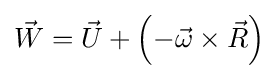
{\vec {W}}={\vec {U}}+\left(-{\vec {\omega }}\times {\vec {R}}\right)